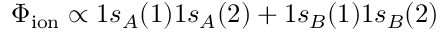
\Phi _ { \mathrm { i o n } } \propto 1 s _ { A } ( 1 ) 1 s _ { A } ( 2 ) + 1 s _ { B } ( 1 ) 1 s _ { B } ( 2 )